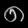
Digit: ၈